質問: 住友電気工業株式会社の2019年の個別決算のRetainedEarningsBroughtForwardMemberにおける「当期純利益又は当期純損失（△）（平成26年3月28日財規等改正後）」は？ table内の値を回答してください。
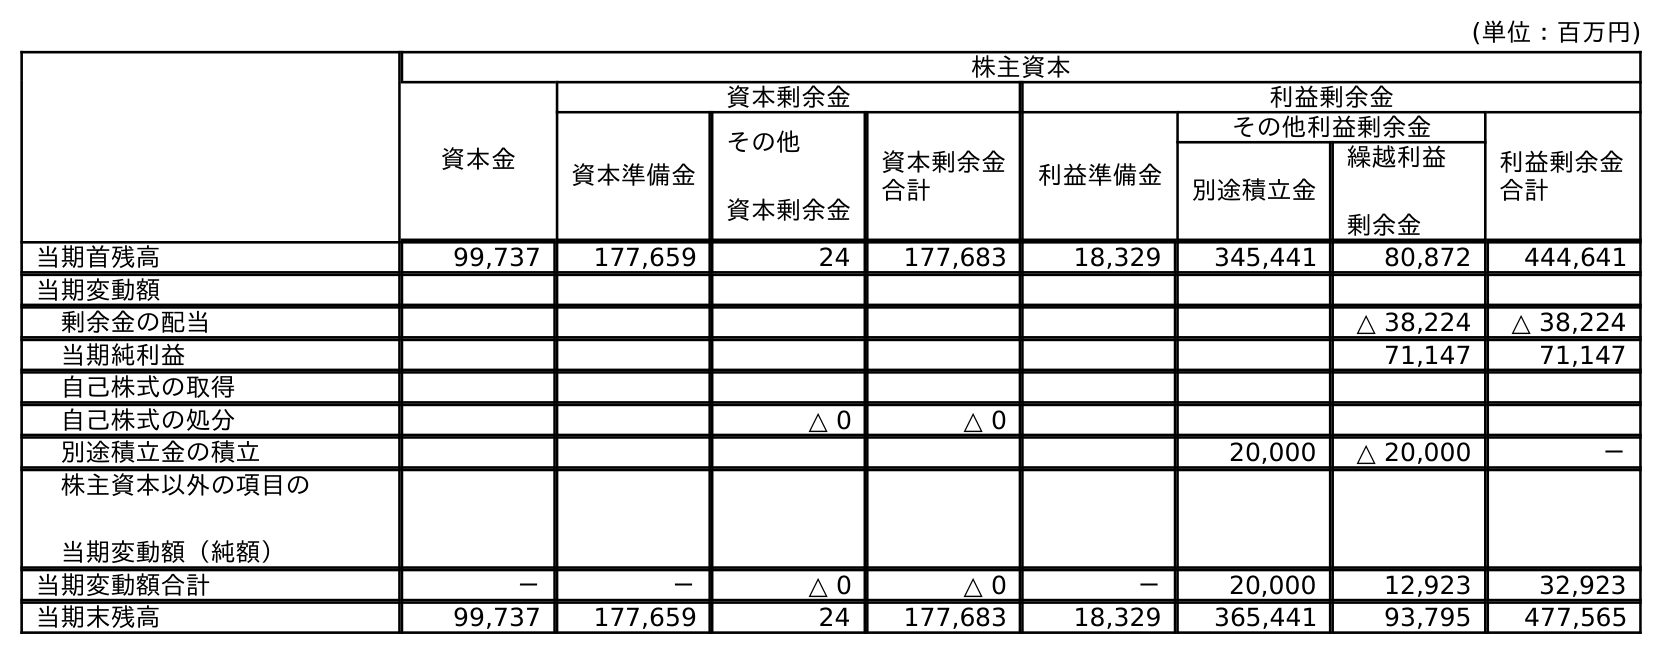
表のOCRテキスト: (単位：百万円) 株主資本 資本金 資本剰余金 利益剰余金 資本準備金 その他 資本剰余金 資本剰余金 合計 利益準備金 その他利益剰余金 利益剰余金 合計 別途積立金 繰越利益 剰余金 当期首残高 99,737 177,659 24 177,683 18,329 345,441 80,872 444,641 当期変動額 剰余金の配当 △ 38,224 △ 38,224 当期純利益 71,147 71,147 自己株式の取得 自己株式の処分 △ 0 △ 0 別途積立金の積立 20,000 △ 20,000 － 株主資本以外の項目の 当期変動額（純額） 当期変動額合計 － － △ 0 △ 0 － 20,000 12,923 32,923 当期末残高 99,737 177,659 24 177,683 18,329 365,441 93,795 477,565
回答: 71,147